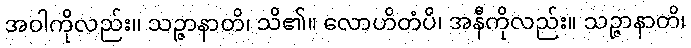
အဝါကိုလည်း။ သဉ္ဇာနာတိ၊ သိ၏။ လောဟိတံပိ၊ အနီကိုလည်း။ သဉ္ဇာနာတိ၊